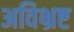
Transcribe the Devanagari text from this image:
अविभ्रष्ट